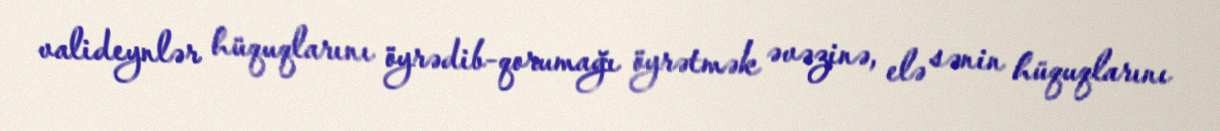
valideynlər hüquqlarını öyrədib-qorumağı öyrətmək əvəzinə, elə sənin hüquqlarını